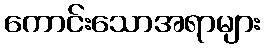
ကောင်းသောအရာများ